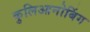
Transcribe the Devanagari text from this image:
कुलिआनोबिंग